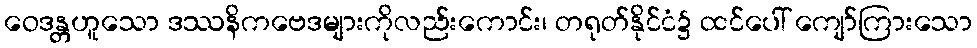
ဝေဒန္တဟူသော ဒဿနိကဗေဒများကိုလည်းကောင်း၊ တရုတ်နိုင်ငံ၌ ထင်ပေါ် ကျော်ကြားသော